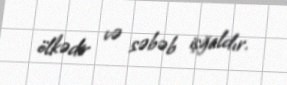
ölkədir və səbəb işğaldır.